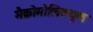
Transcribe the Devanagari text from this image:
मैक्रोमोलिक्यूल